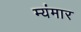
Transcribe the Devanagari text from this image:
म्यंमार